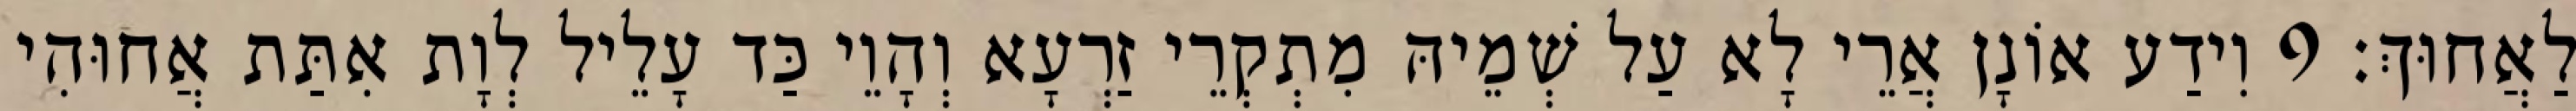
לַאֲחוּךְ׃ 9 וִידַע אוֹנָן אֲרֵי לָא עַל שְׁמֵיהּ מִתְקְרֵי זַרְעָא וְהָוֵי כַּד עָלֵיל לְוָת אִתַּת אֲחוּהִי